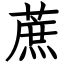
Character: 蔗